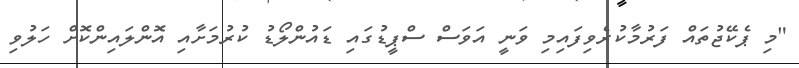
"މި ޕެކޭޖުތައް ފަރުމާކުރެވިފައިމި ވަނީ އަވަސް ސްޕީޑުގައި ޑައުންލޯޑު ކުރުމަށާއި އޮންލައިންކޮށް ހަލުވި